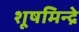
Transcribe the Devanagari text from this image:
शूषमिन्द्रे